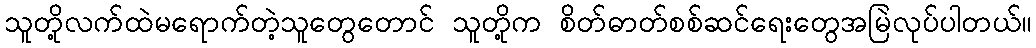
သူတို့လက်ထဲမရောက်တဲ့သူတွေတောင် သူတို့က စိတ်ဓာတ်စစ်ဆင်ရေးတွေအမြဲလုပ်ပါတယ်။